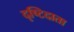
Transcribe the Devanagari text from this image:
दृष्टिदाता